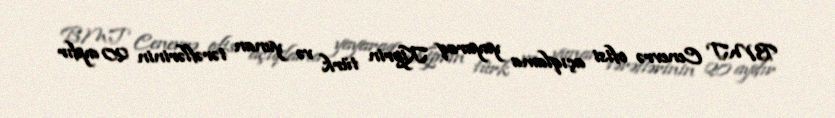
BMT Cenevrə ofisi açıqlama yayaraq Kiprin türk və yunan tərəflərinin 20 aydır